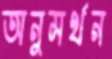
অনুমর্থন